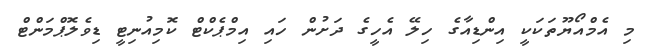
މި އެމްއޯޔޫތަކަކީ އިންޑިއާގެ ހިލޭ އެހީގެ ދަށުން ހައި އިމްޕެކްޓް ކޮމިއުނިޓީ ޑިވެލޮޕްމަންޓް